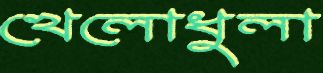
খেলোধুলা